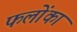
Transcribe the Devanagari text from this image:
फलोंका